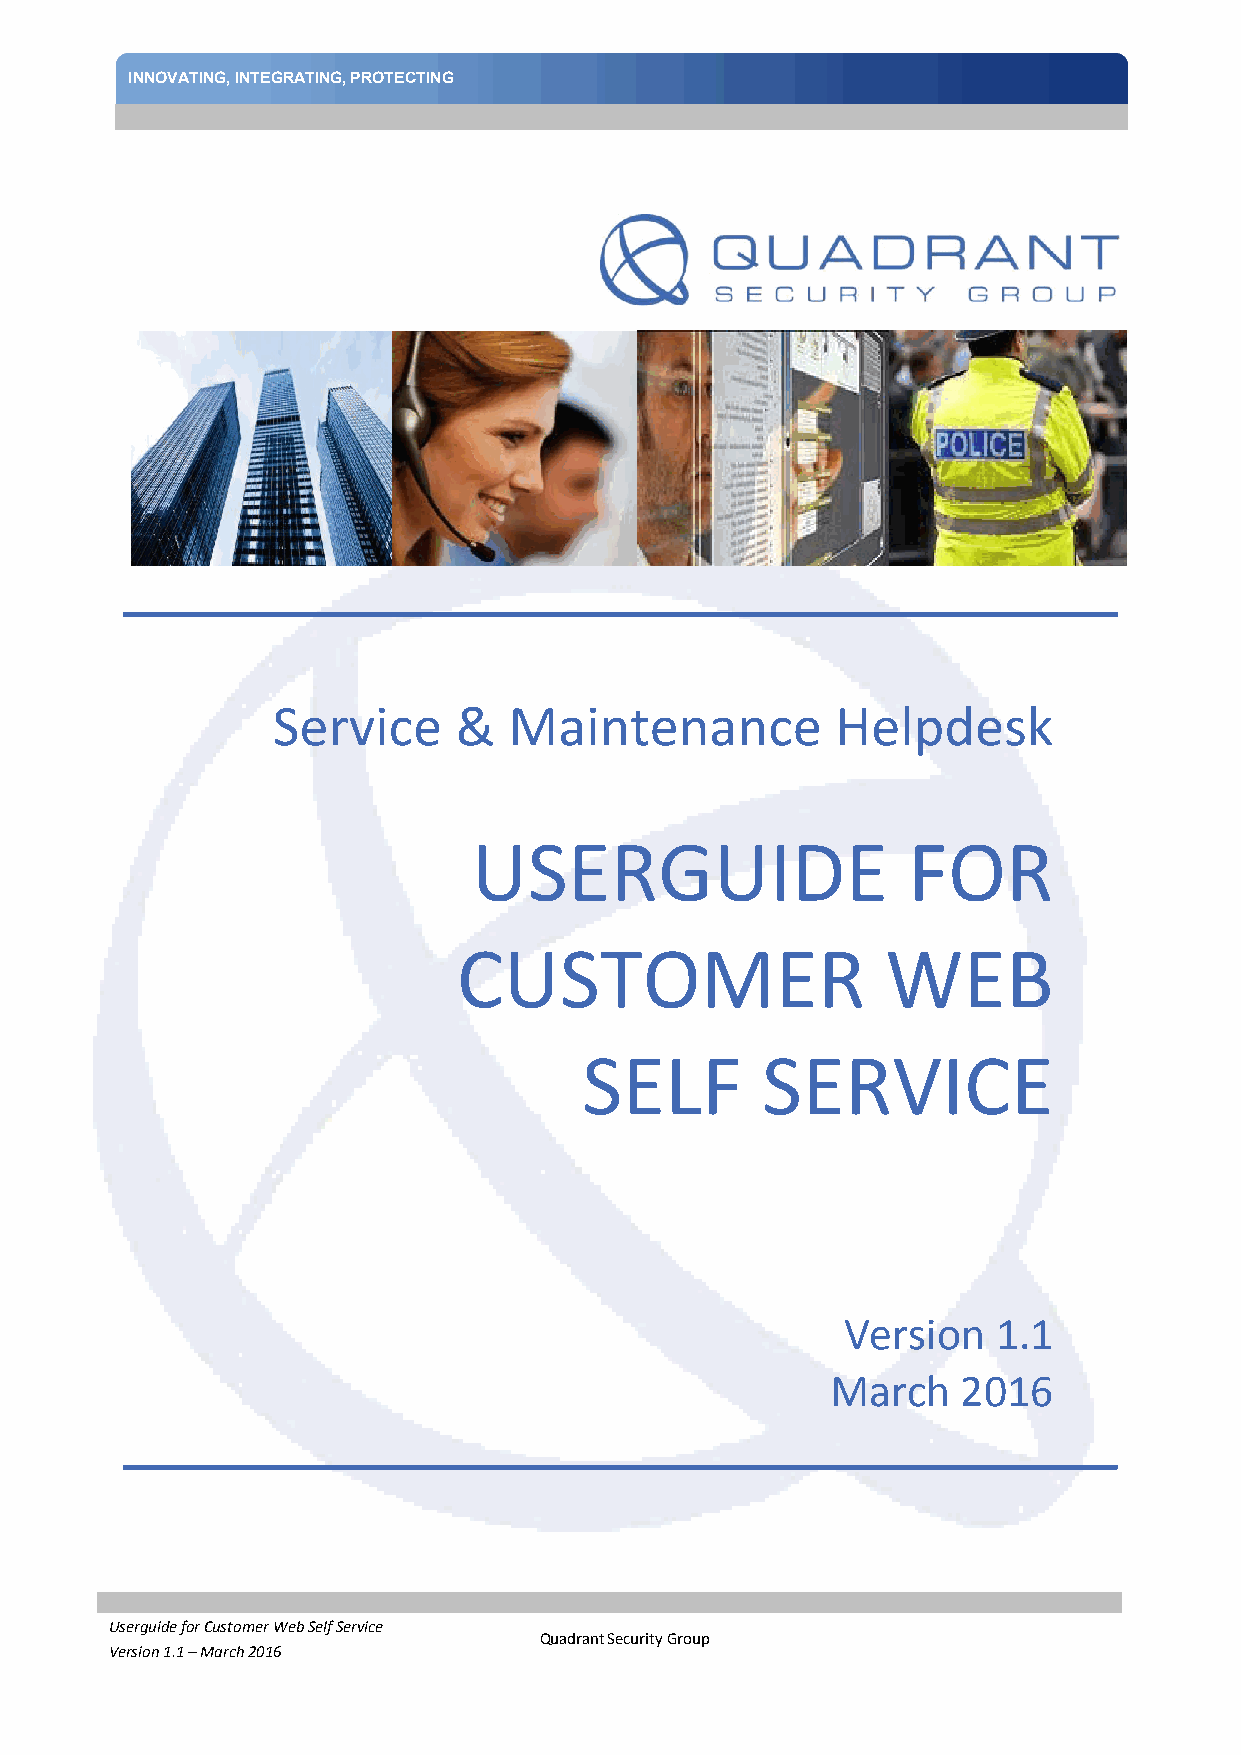
INNOVATTIINNGG,, PINRTOETGERCATTININGG , PROTECTING
 Service     &   Maintenance          Helpdesk
 USERGUIDE                    FOR
 CUSTOMER                     WEB
 SELF       SERVICE
 Version   1.1
 March    2016
 Userguide for Customer Web Self Service
 Quadrant Security Group
 Version 1.1 – March 2016